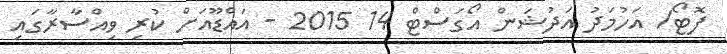
ފޮޓޯ/ އަހުމަދު އަދުޝަން އޯގަސްޓް 14 2015 - އައްޑޫއަށް ކުރި ވިއްސާރާގައި